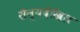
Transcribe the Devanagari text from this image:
सैन्यदेखिल